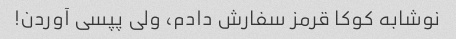
نوشابه کوکا قرمز سفارش دادم، ولی پپسی آوردن!